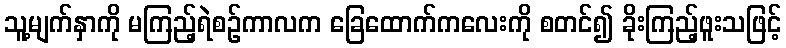
သူ့မျက်နှာကို မကြည့်ရဲစဉ်ကာလက ခြေထောက်ကလေးကို စတင်၍ ခိုးကြည့်ဖူးသဖြင့်